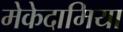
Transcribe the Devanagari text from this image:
मेकेदामिया